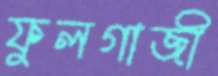
ফুলগাজী